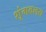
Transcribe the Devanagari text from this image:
शृंगवलय